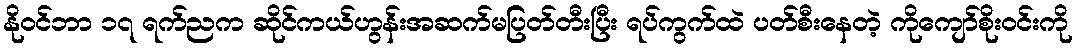
နိုဝင်ဘာ ၁၇ ရက်ညက ဆိုင်ကယ်ဟွန်းအဆက်မပြတ်တီးပြီး ရပ်ကွက်ထဲ ပတ်စီးနေတဲ့ ကိုကျော်စိုးဝင်းကို